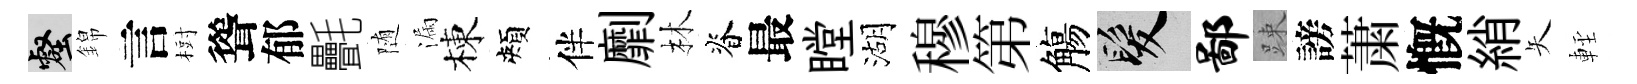
壑錦言𣗳聳郁㲲随漏棟頰伴劘林脊最瞠湖穆第觴髮鄙踈謗䔥慨綃矢䡖